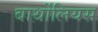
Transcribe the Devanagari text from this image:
बार्थोलियस